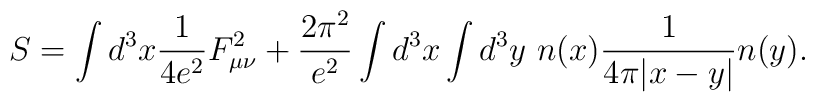
S=\int d^3x\frac{1}{4e^2}F_{\mu\nu}^2+\frac{2\pi^2}{e^2}\int d^3x\int d^3y~ n(x)\frac{1}{4\pi|x-y|}n(y).